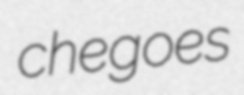
chegoes